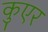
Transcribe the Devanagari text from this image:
कुएर